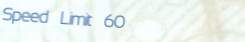
Speed Limit 60